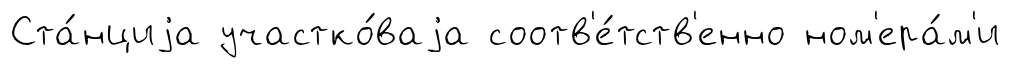
Ста́нциjа участко́ваjа соотв'е́тств'енно ном'ера́м'и